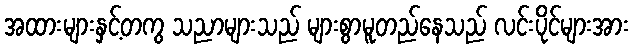
အထားများနှင့်တကွ သညာများသည် များစွာမူတည်နေသည် လင်းပိုင်များအား